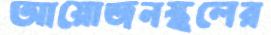
আয়োজনস্থলের